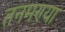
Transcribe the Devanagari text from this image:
तनमण्या